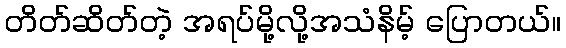
တိတ်ဆိတ်တဲ့ အရပ်မို့လို့အသံနိမ့် ပြောတယ်။